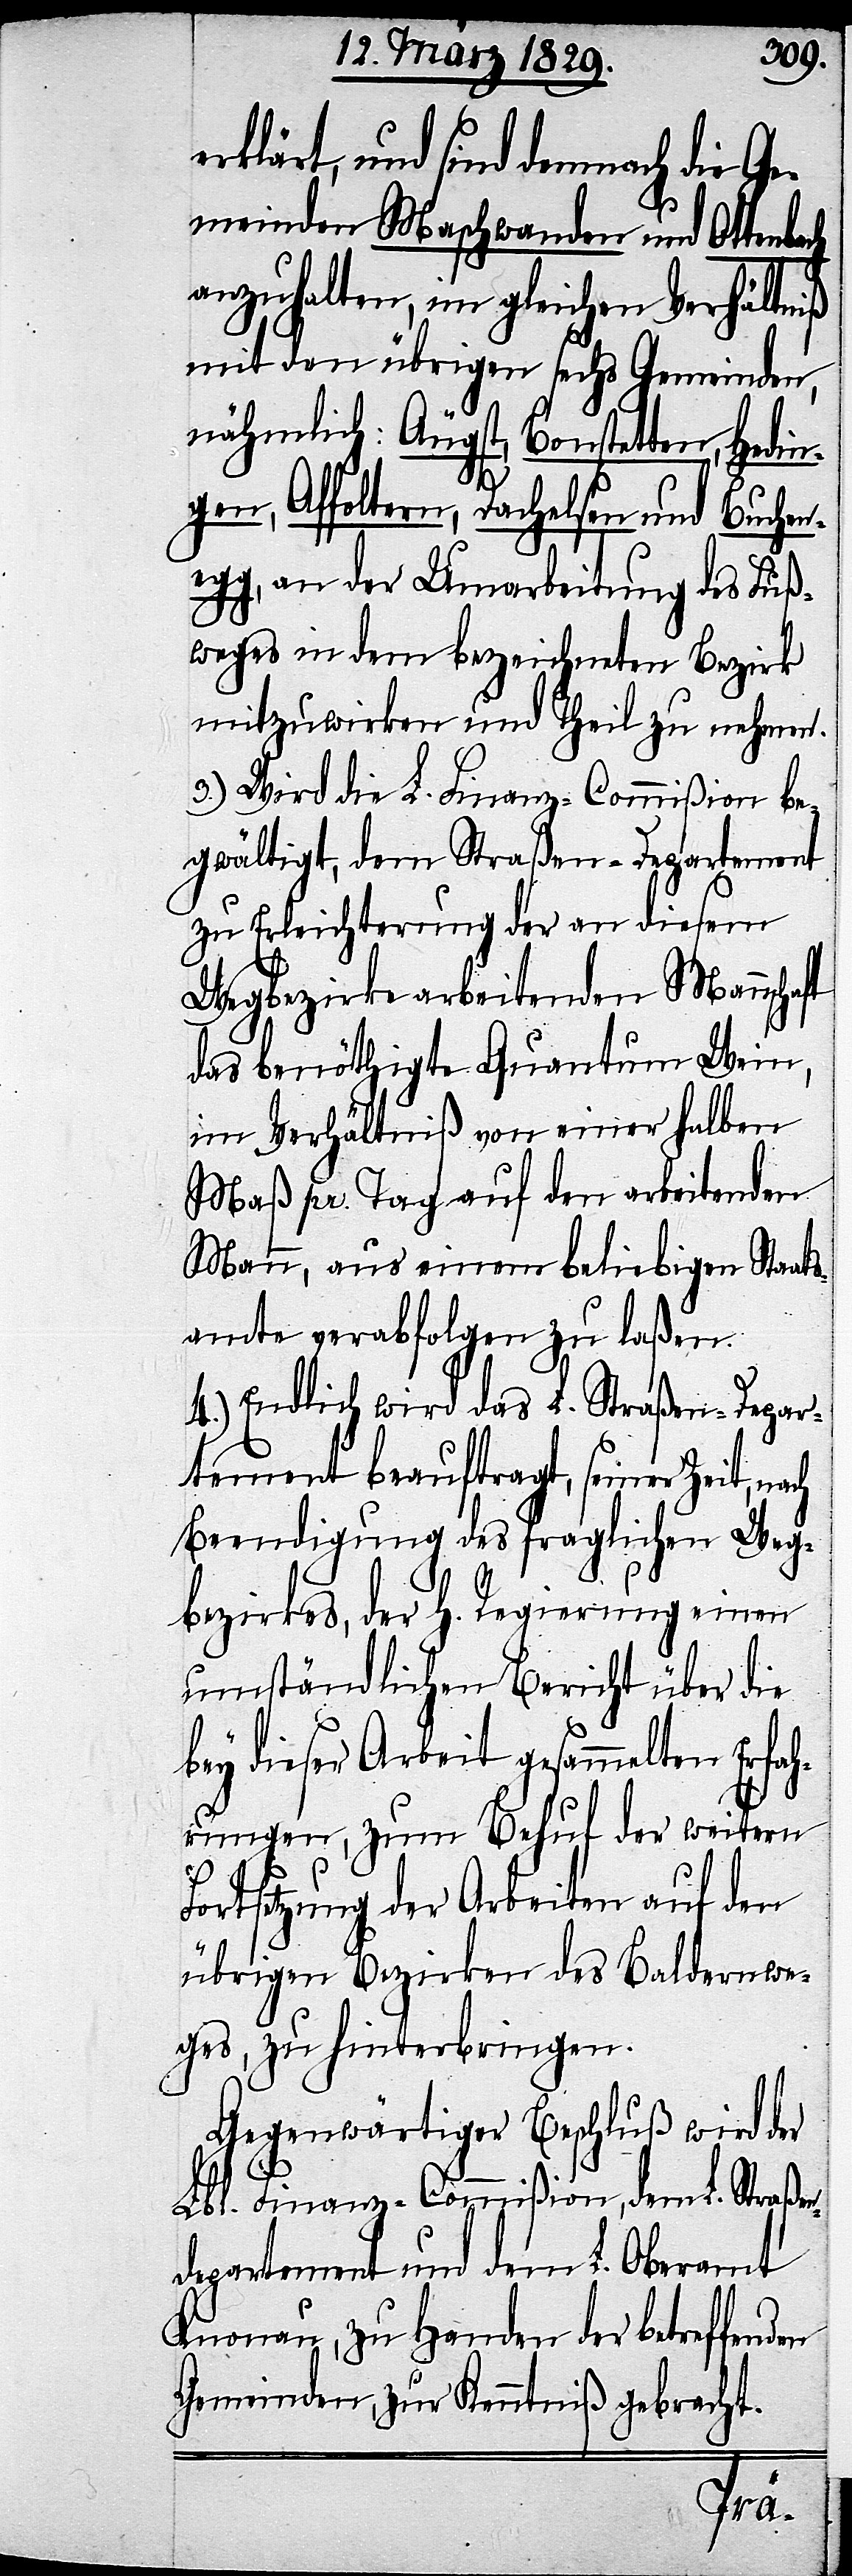
erklärt, und sind demnach die Ge¬
meinden Maschwanden und Ottenbach
anzuhalten, im gleichen Verhältniß
mit den übrigen sechs Gemeinden,
nähmlich: Äugst, Bonstetten, Hedi¬
ngen, Affoltern, Dachelsen und Buchen¬
egg, an der Umarbeitung des Fuß¬
weges in dem bezeichneten Bezirk
mitzuwirken und Theil zu nehmen.
3.) Wird die L. Finanz-Commißion be¬
gwältigt, dem Straßen-Departement
zu Erleichterung der an diesem
Wegbezirke arbeitenden Mannschaft
das benöthigte Quantum Wein,
im Verhältniß von einer halben
den
Maß pr. Tag auf den ar¬
Mann, aus einem beliebigen Staats¬
amte verabfolgen zu laßen.
4.) Endlich wird das L.
epar¬
tement beauftragt, seiner Zeit,
Beendigung des fraglichen Weg¬
bezirkes, der h. Regierung einen
umständlichen Bericht über die
bey dieser Arbeit gesammelten Erfah¬
rungen, zum Behuf der weitern
Fortsetzung der Arbeiten auf den
übrigen Bezirken des Baldernwe¬
ges, zu hinterbringen.
Gegenwärtiger Beschluß wird der
Lbl. Finanz-Commißion, dem L. Straße¬
ndepartement und dem L. Oberamt
Knonau, zu Handen der betreffenden
Gemeinden, zur Kenntniß gebracht.
en-D¬